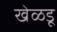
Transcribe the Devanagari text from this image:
खेळडू